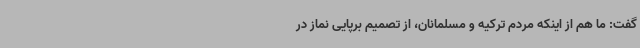
گفت: ما هم از اینکه مردم ترکیه و مسلمانان، از تصمیم برپایی نماز در